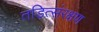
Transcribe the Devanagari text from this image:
तड़ित्संरक्षण